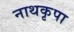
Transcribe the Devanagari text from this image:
नाथकृपा